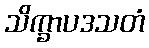
သိက္ခာပဒသတံ